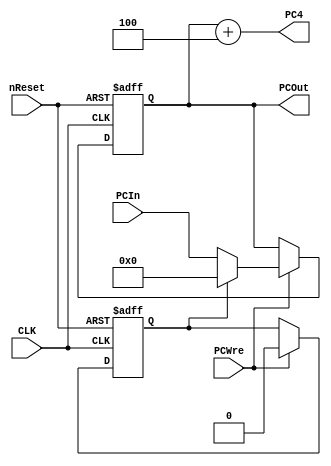
`timescale 1ns / 1ps
//////////////////////////////////////////////////////////////////////////////////
// Company: 
// Engineer: 
// 
// Design Name: 
// Module Name: PC
// Project Name: 
// Target Devices: 
// Tool Versions: 
// Description: 
// 
// Dependencies: 
// 
// Revision:
// Revision 0.01 - File Created
// Additional Comments:
// 
//////////////////////////////////////////////////////////////////////////////////


module PC(
    input CLK,
    input nReset,
    input [31:0] PCIn,
    input PCWre,
    output [31:0] PCOut,
    output [31:0] PC4
    );
    reg [31:0] pc;
    reg resetPc;
    assign PCOut = pc;
    assign PC4 = pc + 4;
    
    
    always@(negedge CLK or negedge nReset) begin
        if (nReset == 0) begin
                pc = 32'h00000000;
                resetPc = 1;
            end else if (PCWre == 1) begin
                if (resetPc == 1) begin
                    pc = 32'h00000000;
                    resetPc = 0;
                end else
                    pc = PCIn;
            end
    end
endmodule